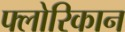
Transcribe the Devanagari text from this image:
फ्लोरिकान